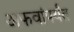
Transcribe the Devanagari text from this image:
अफवांपर्यंत